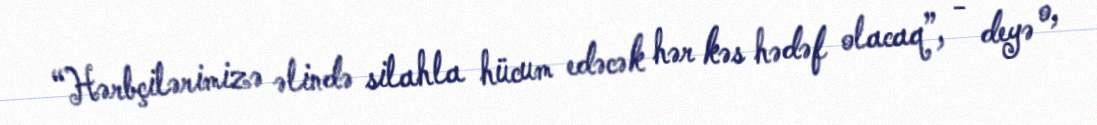
“Hərbçilərimizə əlində silahla hücum edəcək hər kəs hədəf olacaq”, - deyə o,